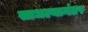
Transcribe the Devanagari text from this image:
साधल्यानंतर